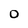
Character: 0